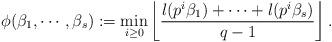
LaTeX: \begin{align*} \phi(\beta_1,\cdots,\beta_s) := \min_{i \geq 0} \left \lfloor \frac{l(p^i \beta_1) + \cdots + l(p^i \beta_s)}{q-1} \right \rfloor .\end{align*}